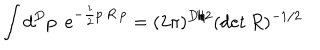
LaTeX: \int d ^ { D } p \, \, \, e ^ { - \frac { 1 } { 2 } p \cdot R \cdot p } = ( 2 \pi ) ^ { D / 2 } ( \det R ) ^ { - 1 / 2 }